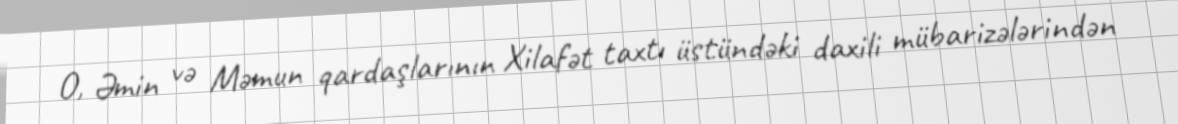
O, Əmin və Məmun qardaşlarının Xilafət taxtı üstündəki daxili mübarizələrindən